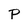
Character: P